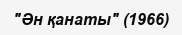
"Ән қанаты" (1966)